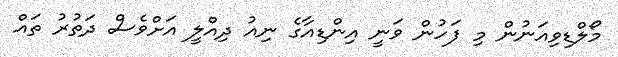
މޯލްޑިވިއަނުން މި ފަހުން ވަނީ އިންޑިއާގެ ނިއު ދިއްލީ އަށްވެސް ދަތުރު ތައް